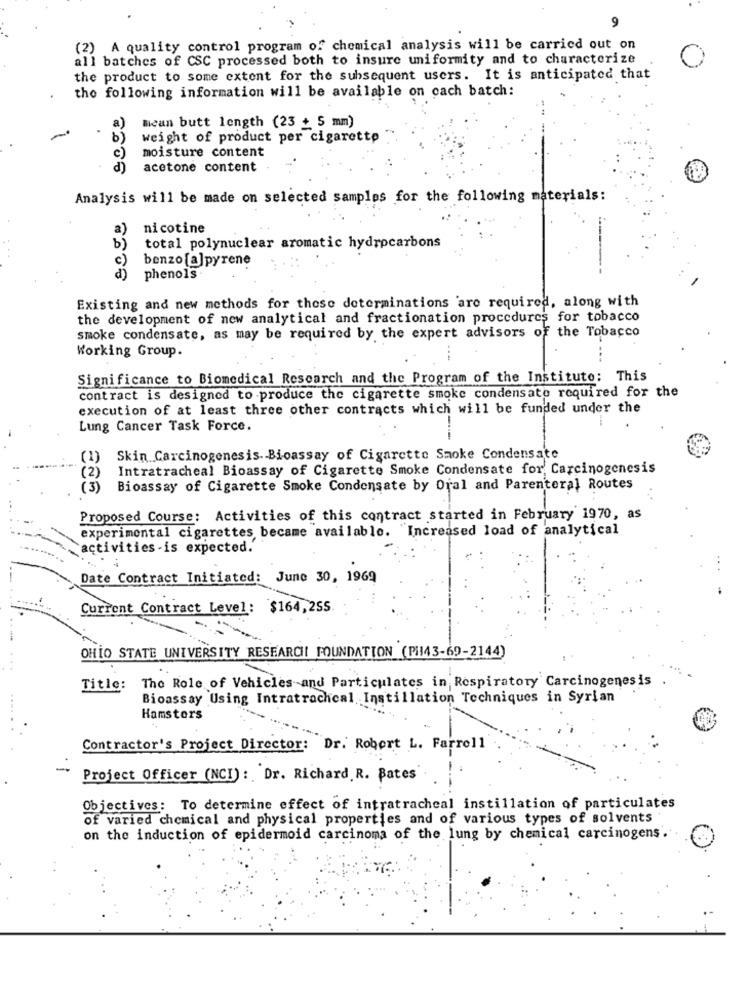
9
(2) A quality control program of chemical analysis will be carried out on
all batches of CSC processed both to insure uniformity and to characterize
the product to some extent for the subsequent users. It is anticipated that
the following information will be available on cach batch:
a)
Mean butt length (23 + 5 mm)
b)
weight of product per cigarettp
moisture content
c)
d)
acetone content
Analysis will be made on selected samples for the following materials:
nicotine
b)
total polynuclear aromatic hydrocarbons
c )
benzo [a]pyrene
d)
phenols
Existing and new methods for these determinations are required, along with
the development of new analytical and fractionation procedures for tobacco
smoke condensate, as may be required by the expert advisors of the Tobacco
Working Group.
Significance to Biomedical Research and the Program of the Institute: This
contract is designed to produce the cigarette smoke condensate required for the
execution of at least three other contracts which will be funded under the
Lung Cancer Task Force.
(1)
Skin Carcinogenesis. Bioassay of Cigarette Smoke Condensate
Intratracheal Bioassay of Cigarette Smoke Condensate for, Carcinogenesis
(2)
(3) Bioassay of Cigarette Smoke Condensate by Oral and Parenteral Routes
Proposed Course: Activities of this contract started in February 1970, as
experimental cigarettes became available. "Increased load of analytical
activities -is expected.'
Date Contract Initiated: June 30, 1969
Current Contract Level: $164,255
OHIO STATE UNIVERSITY RESEARCH FOUNDATION (PH43-69-2144)
Title: The Role of Vehicles and Particulates in Respiratory Carcinogenesis
Bioassay Using Intratrachcal Instillation Techniques in Syrian
Hamsters
Contractor's Project Director: Dr. Robert L. Farrell
-
Project Officer (NCI): Dr. Richard. R. Bates
Objectives: To determine effect of intratracheal instillation of particulates
of varied chemical and physical properties and of various types of solvents
on the induction of epidermoid carcinoma of the lung by chemical carcinogens.